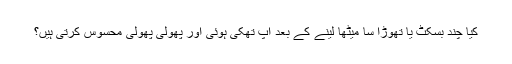
کیا چند بسکٹ یا تھوڑا سا میٹھا لینے کے بعد آپ تھکی ہوئی اور پھولی پھولی محسوس کرتی ہیں؟